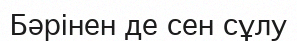
Бәрінен де сен сұлу